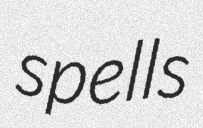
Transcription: spells